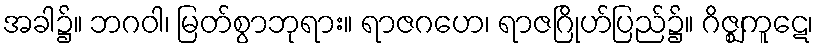
အခါ၌။ ဘဂဝါ၊ မြတ်စွာဘုရား။ ရာဇဂဟေ၊ ရာဇဂြိုဟ်ပြည်၌။ ဂိဇ္ဈကူဋေ၊